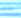
خدي